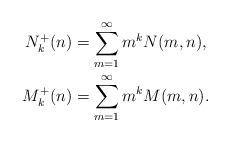
LaTeX: \begin{align*}N^+_k(n) &= \sum_{m=1}^\infty m^k N(m,n),\\M^+_k(n) &= \sum_{m=1}^\infty m^k M(m,n).\end{align*}